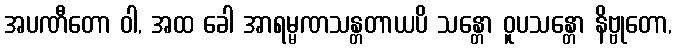
အပဏီတော ဝါ, အထ ခေါ အာရမ္မဏသန္တတာယပိ သန္တော ဝူပသန္တော နိဗ္ဗုတော,